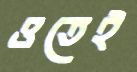
ওতেই